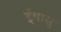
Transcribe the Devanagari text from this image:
ईयासु